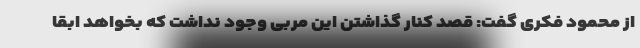
از محمود فکری گفت: قصد کنار گذاشتن این مربی وجود نداشت که بخواهد ابقا